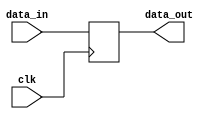
module delay
#(parameter WIDTH = 1, parameter CYCLES = 1)
(
	input clk,
	input [(WIDTH-1):0] data_in,
	output [(WIDTH-1):0] data_out
);

	reg [(WIDTH-1):0] regs [(CYCLES-1):0];
	assign data_out = regs[CYCLES-1];
	
	integer i;
	
	always @ (posedge clk)
	begin
		regs[0] <= data_in;
		for (i = 1; i < CYCLES; i = i+1)
			regs[i] <= regs[i-1];
	end

endmodule